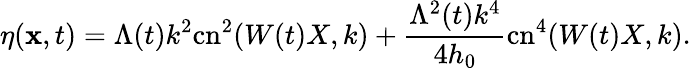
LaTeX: \eta(\mathbf{x},t)=\Lambda(t)k^{2}\mathrm{{cn}}^{2}(W(t)X,k)+\frac{{\Lambda^{2}(t)k^{4}}}{{4h_{0}}}\mathrm{{cn}}^{4}(W(t)X,k).